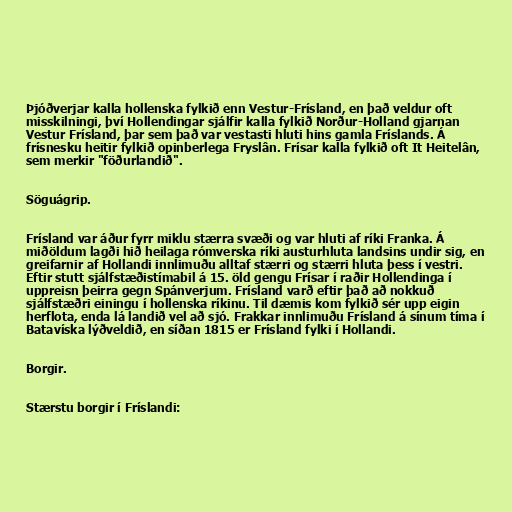
Þjóðverjar kalla hollenska fylkið enn Vestur-Frísland, en það veldur oft
misskilningi, því Hollendingar sjálfir kalla fylkið Norður-Holland gjarnan
Vestur Frísland, þar sem það var vestasti hluti hins gamla Fríslands. Á
frísnesku heitir fylkið opinberlega Fryslân. Frísar kalla fylkið oft It Heitelân,
sem merkir "föðurlandið".

Söguágrip.

Frísland var áður fyrr miklu stærra svæði og var hluti af ríki Franka. Á
miðöldum lagði hið heilaga rómverska ríki austurhluta landsins undir sig, en
greifarnir af Hollandi innlimuðu alltaf stærri og stærri hluta þess í vestri.
Eftir stutt sjálfstæðistímabil á 15. öld gengu Frísar í raðir Hollendinga í
uppreisn þeirra gegn Spánverjum. Frísland varð eftir það að nokkuð
sjálfstæðri einingu í hollenska ríkinu. Til dæmis kom fylkið sér upp eigin
herflota, enda lá landið vel að sjó. Frakkar innlimuðu Frísland á sínum tíma í
Batavíska lýðveldið, en síðan 1815 er Frísland fylki í Hollandi.

Borgir.

Stærstu borgir í Fríslandi: